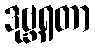
ဒုဗ္ဘရတာ